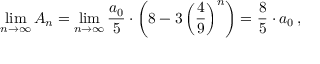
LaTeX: \operatorname* { l i m } _ { n \rightarrow \infty } A _ { n } = \operatorname* { l i m } _ { n \rightarrow \infty } { \frac { a _ { 0 } } { 5 } } \cdot \left( 8 - 3 \left( { \frac { 4 } { 9 } } \right) ^ { n } \right) = { \frac { 8 } { 5 } } \cdot a _ { 0 } \, ,